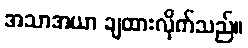
အသာအယာ ချထားလိုက်သည်။